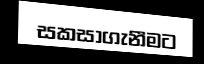
සකසාගැනීමට